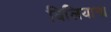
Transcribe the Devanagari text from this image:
बिलियाना